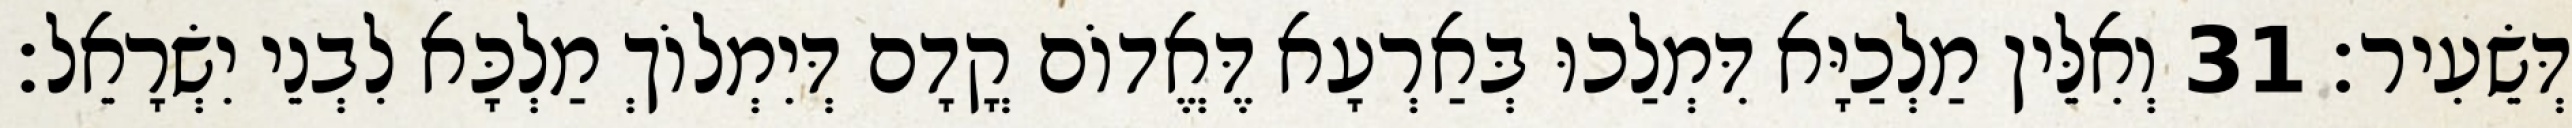
דְּשֵׂעִיר׃ 31 וְאִלֵּין מַלְכַיָּא דִּמְלַכוּ בְּאַרְעָא דֶּאֱדוֹם קֳדָם דְּיִמְלוֹךְ מַלְכָּא לִבְנֵי יִשְׂרָאֵל׃